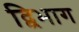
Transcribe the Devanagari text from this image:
द्विभाग